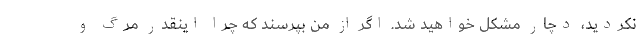
نکردید، دچار مشکل خواهید شد. اگر از من بپرسند که چرا اینقدر مرگ و